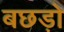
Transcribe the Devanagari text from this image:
बछड़ो